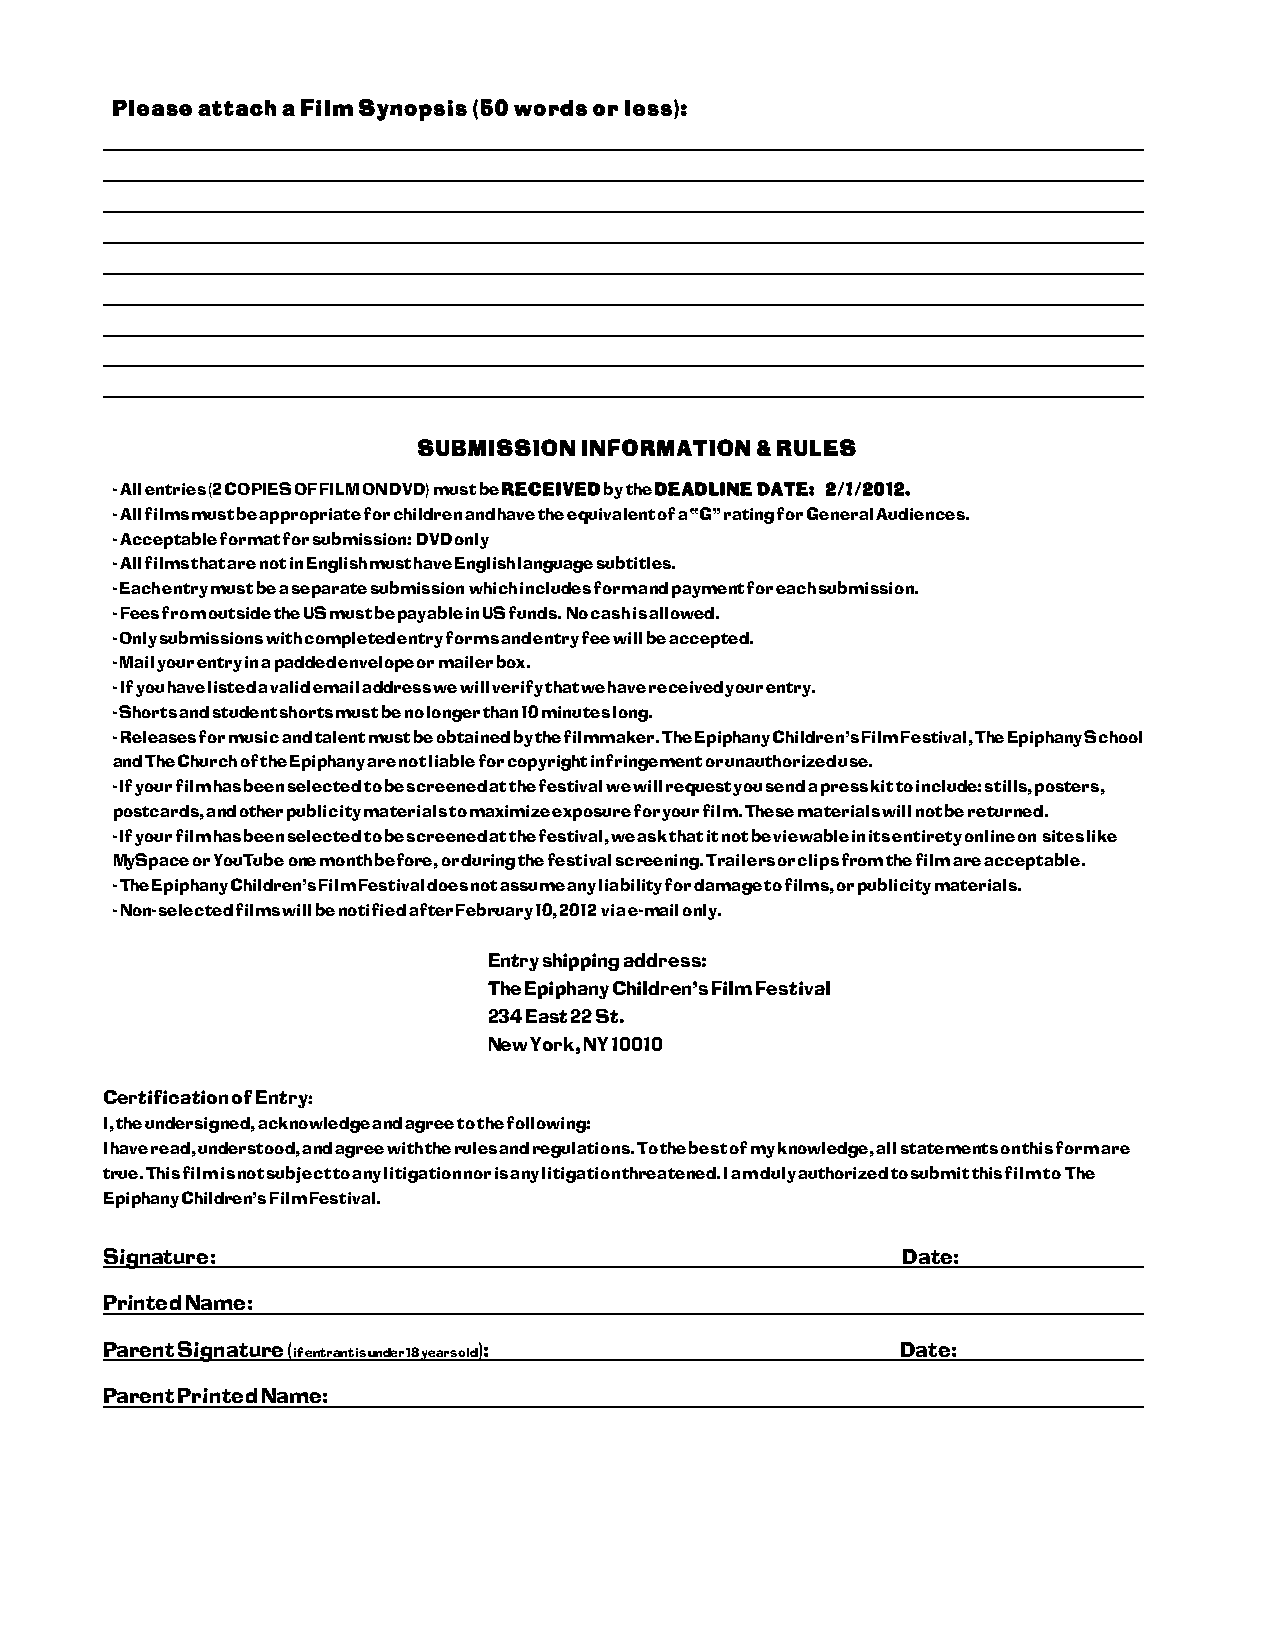
Please attach a Film Synopsis (50 words or less):
 SUBMISSION INFORMATION & RULES
 - All entries (2 COPIES OF FILM ON DVD) must be RECEIVED by the DEADLINE DATE: 2/1/2012.
 - All films must be appropriate for children and have the equivalent of a “G” rating for General Audiences.
 - Acceptable format for submission: DVD only
 - All films that are not in English must have English language subtitles.
 - Each entry must be a separate submission which includes form and payment for each submission.
 - Fees from outside the US must be payable in US funds. No cash is allowed.
 - Only submissions with completed entry forms and entry fee will be accepted.
 - Mail your entry in a padded envelope or mailer box.
 - If you have listed a valid email address we will verify that we have received your entry.
 - Shorts and student shorts must be no longer than 10 minutes long.
 - Releases for music and talent must be obtained by the filmmaker. The Epiphany Children’s Film Festival, The Epiphany School
 and The Church of the Epiphany are not liable for copyright infringement or unauthorized use.
 - If your film has been selected to be screened at the festival we will request you send a press kit to include: stills, posters,
 postcards, and other publicity materials to maximize exposure for your film. These materials will not be returned.
 - If your film has been selected to be screened at the festival, we ask that it not be viewable in its entirety online on sites like
 MySpace or YouTube one month before, or during the festival screening. Trailers or clips from the film are acceptable.
 - The Epiphany Children’s Film Festival does not assume any liability for damage to films, or publicity materials.
 - Non- selected films will be notified after February 10, 2012 via e-mail only.
 Entry shipping address:
 The Epiphany Children’s Film Festival
 234 East 22 St.
 New York, NY 10010
 Certification of Entry:
 I, the undersigned, acknowledge and agree to the following:
 I have read, understood, and agree with the rules and regulations. To the best of my knowledge, all statements on this form are
 true. This film is not subject to any litigation nor is any litigation threatened. I am duly authorized to submit this film to The
 Epiphany Children’s Film Festival.
 Signature:                                           Date:
 Printed Name:
 Parent Signature (if entrant is under 18 years old): Date:
 Parent Printed Name: